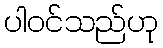
ပါဝင်သည်ဟု